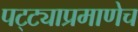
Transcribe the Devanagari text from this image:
पट्ट्याप्रमाणेच